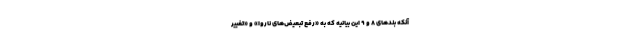
آنكه بندهاي 8 و 9 اين بيانيه كه به «رفع تبعيض‌هاي ناروا» و «تغيير